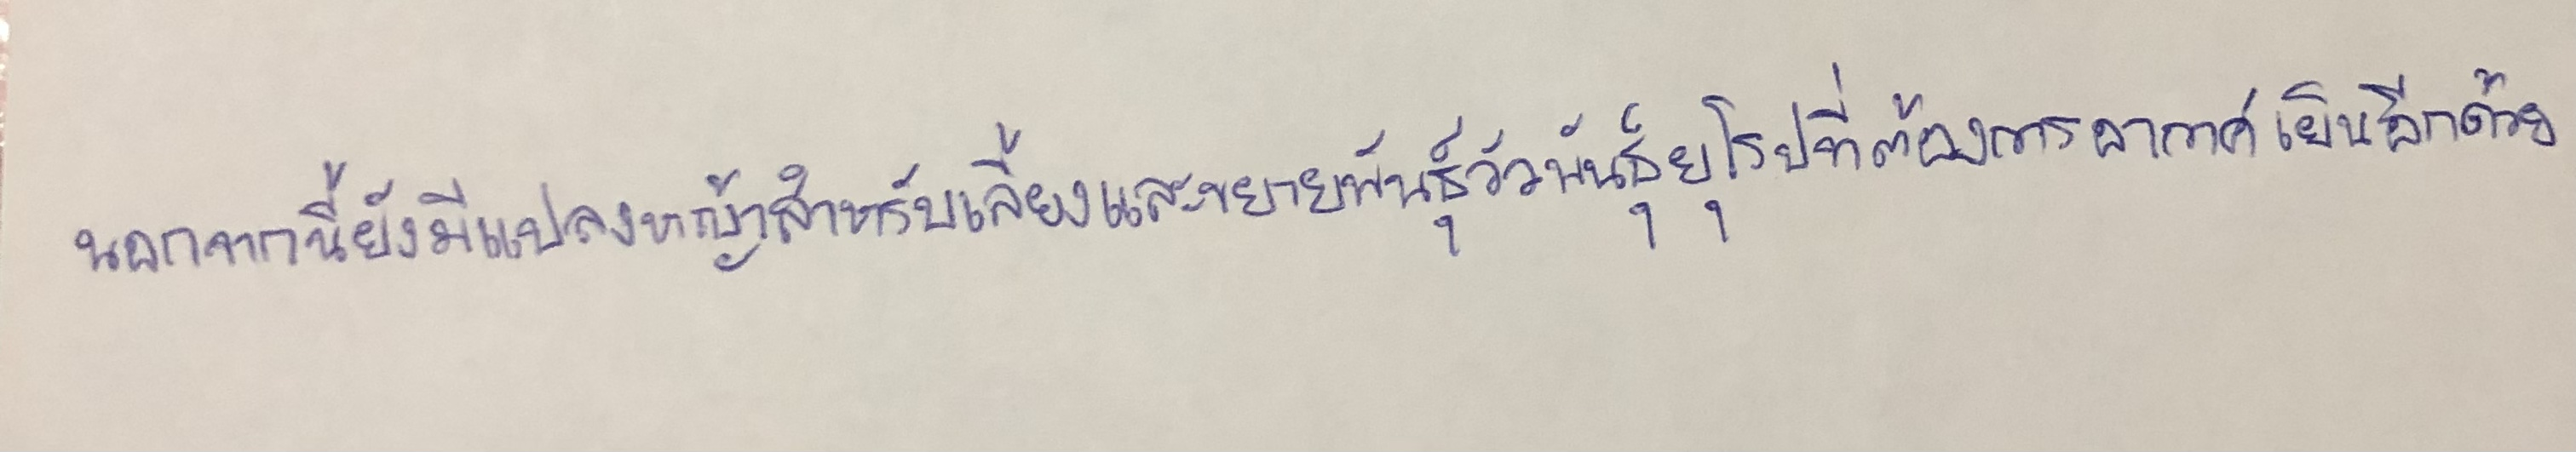
นอกจากนี้ยังมีแปลงหญ้าสำหรับเลี้ยงและขยายพันธุ์วัวพันธุ์ยุโรปที่ต้องการอากาศเย็นอีกด้วย